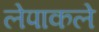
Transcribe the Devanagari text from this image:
लेपाकले